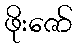
ဖိုးဇော်